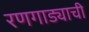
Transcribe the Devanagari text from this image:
रणगाड्याची